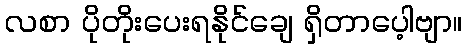
လစာ ပိုတိုးပေးရနိုင်ချေ ရှိတာပေ့ါဗျာ။